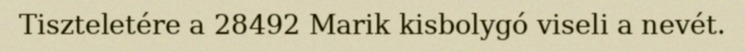
Tiszteletére a 28492 Marik kisbolygó viseli a nevét.